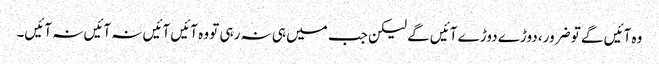
وہ آئیں گے تو ضرور، دوڑے دوڑے آئیں گے لیکن جب میں ہی نہ رہی تو وہ آئیں آئیں نہ آئیں نہ آئیں۔